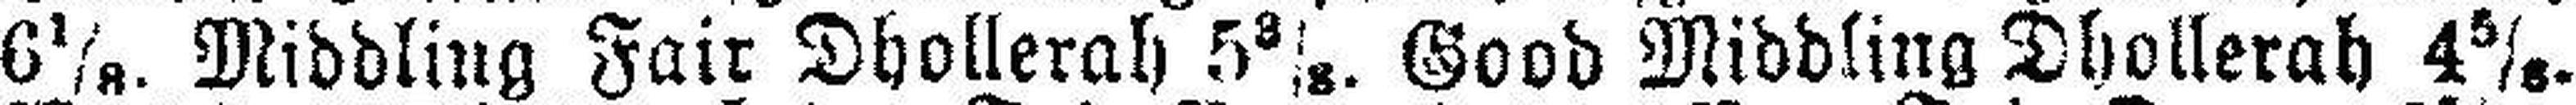
6 1/8. Middling Fair Dhollerah 5 3/8. Good Middling Dhollerah 4 5/8.